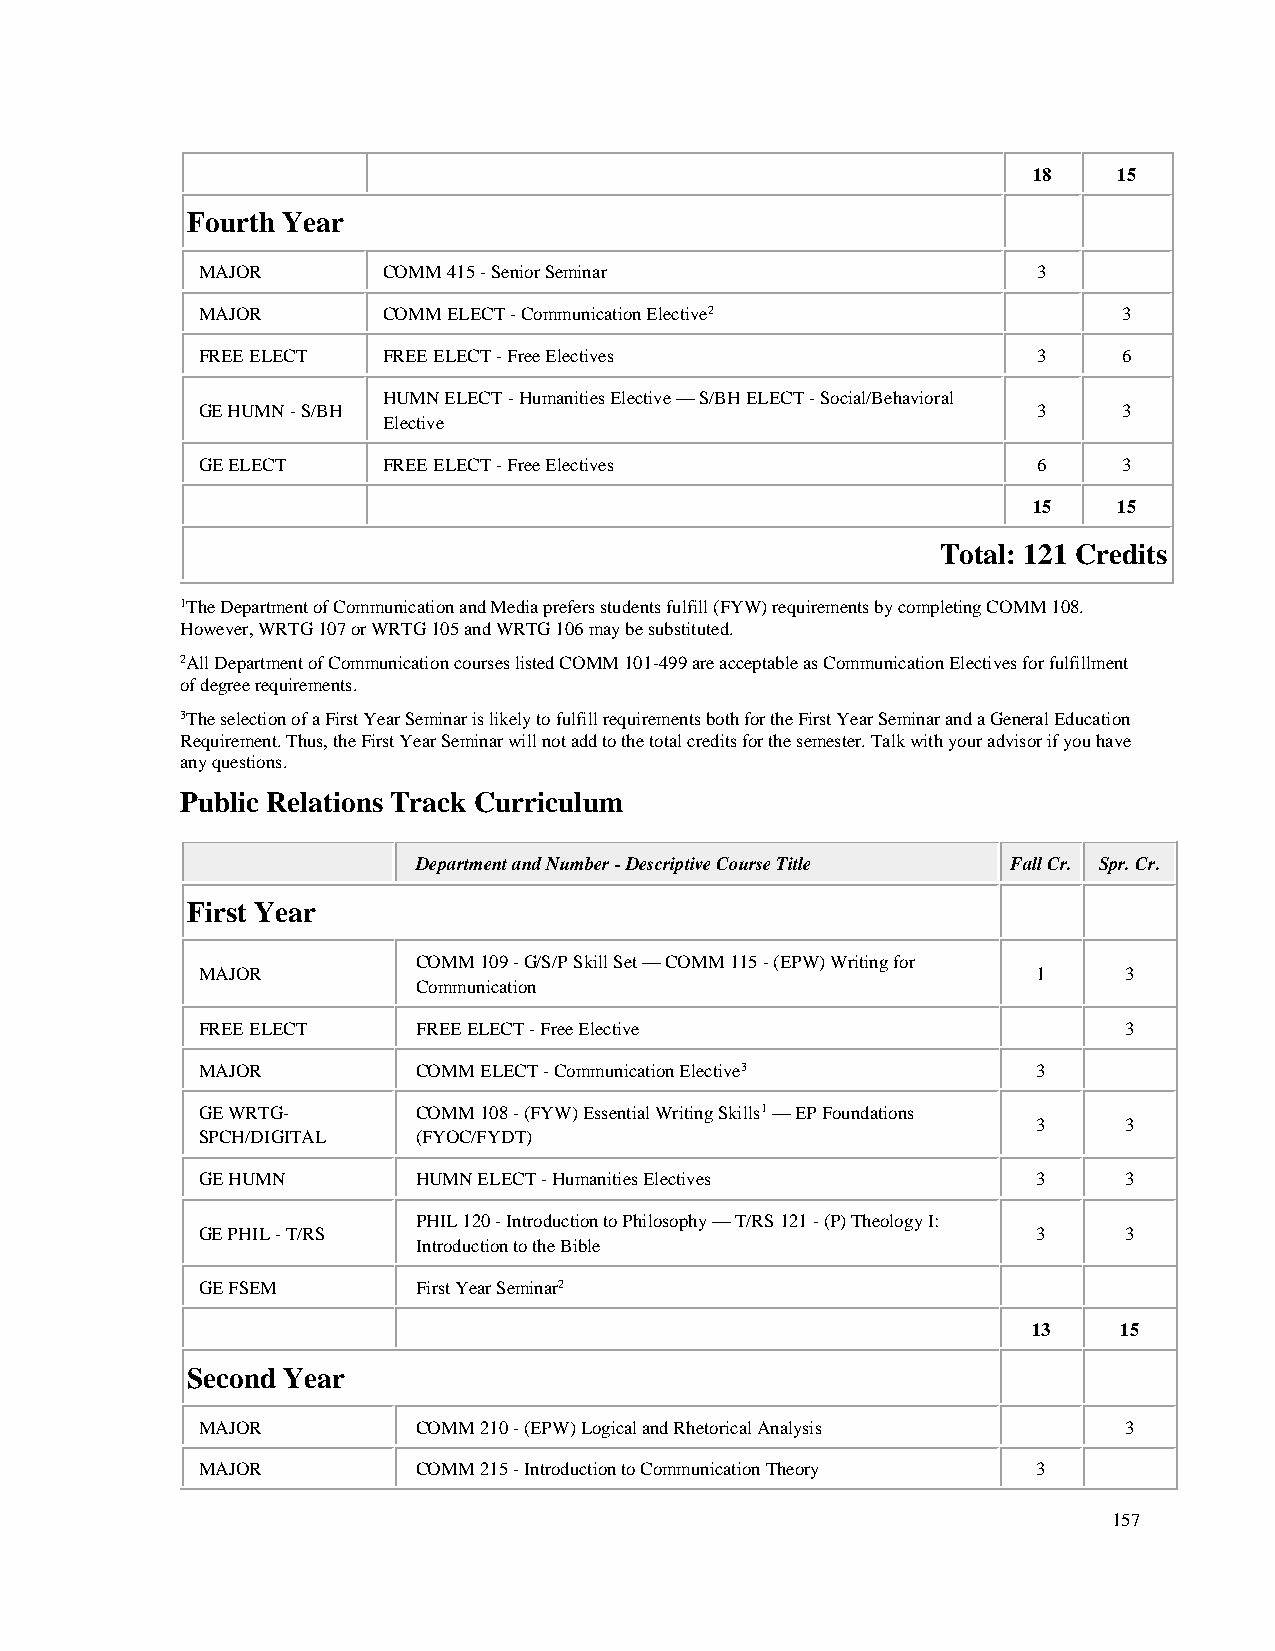
18    15
 Fourth Year
 MAJOR       COMM 415 - Senior Seminar                   3
 MAJOR       COMM ELECT - Communication Elective2             3
 FREE ELECT  FREE ELECT - Free Electives                 3    6
 HUMN ELECT - Humanities Elective — S/BH ELECT - Social/Behavioral
 GE HUMN - S/BH                                          3    3
 Elective
 GE ELECT    FREE ELECT - Free Electives                 6    3
 15    15
 Total: 121 Credits
 1The Department of Communication and Media prefers students fulfill (FYW) requirements by completing COMM 108.
 However, WRTG 107 or WRTG 105 and WRTG 106 may be substituted.
 2All Department of Communication courses listed COMM 101-499 are acceptable as Communication Electives for fulfillment
 of degree requirements.
 3The selection of a First Year Seminar is likely to fulfill requirements both for the First Year Seminar and a General Education
 Requirement. Thus, the First Year Seminar will not add to the total credits for the semester. Talk with your advisor if you have
 any questions.
 Public Relations Track Curriculum
 Department and Number - Descriptive Course Title Fall Cr. Spr. Cr.
 First Year
 COMM 109 - G/S/P Skill Set — COMM 115 - (EPW) Writing for
 MAJOR                                                   1    3
 Communication
 FREE ELECT     FREE ELECT - Free Elective                    3
 MAJOR          COMM ELECT - Communication Elective3     3
 GE WRTG-       COMM 108 - (FYW) Essential Writing Skills1 — EP Foundations
 3    3
 SPCH/DIGITAL   (FYOC/FYDT)
 GE HUMN        HUMN ELECT - Humanities Electives        3    3
 PHIL 120 - Introduction to Philosophy — T/RS 121 - (P) Theology I:
 GE PHIL - T/RS                                          3    3
 Introduction to the Bible
 GE FSEM        First Year Seminar2
 13    15
 Second Year
 MAJOR          COMM 210 - (EPW) Logical and Rhetorical Analysis 3
 MAJOR          COMM 215 - Introduction to Communication Theory 3
 157